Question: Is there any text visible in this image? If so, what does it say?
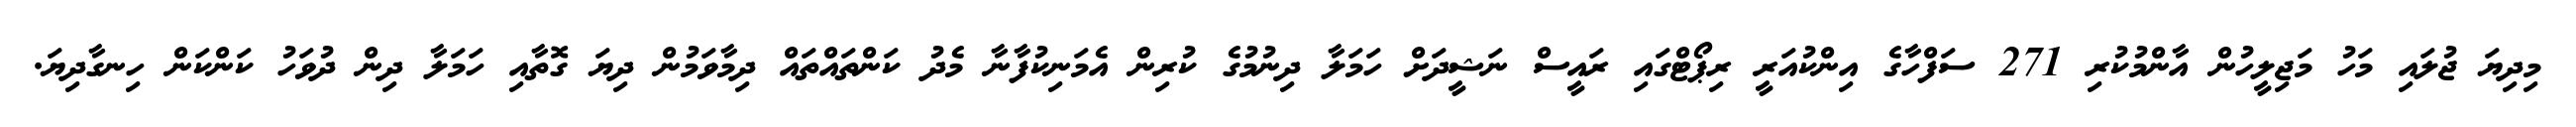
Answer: މިދިޔަ ޖުލައި މަހު މަޖިލީހުން އާންމުކުރި 271 ސަފްހާގެ އިންކުއަރީ ރިޕޯޓްގައި ރައީސް ނަޝީދަށް ހަމަލާ ދިނުމުގެ ކުރިން އެމަނިކުފާނާ މެދު ކަންތައްތައް ދިމާވަމުން ދިޔަ ގޮތާއި ހަމަލާ ދިން ދުވަހު ކަންކަން ހިނގާދިޔަ.